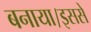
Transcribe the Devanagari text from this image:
बनाया।इससे